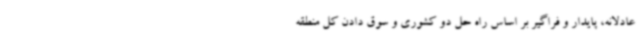
عادلانه، پایدار و فراگیر بر اساس راه حل دو کشوری و سوق دادن کل منطقه